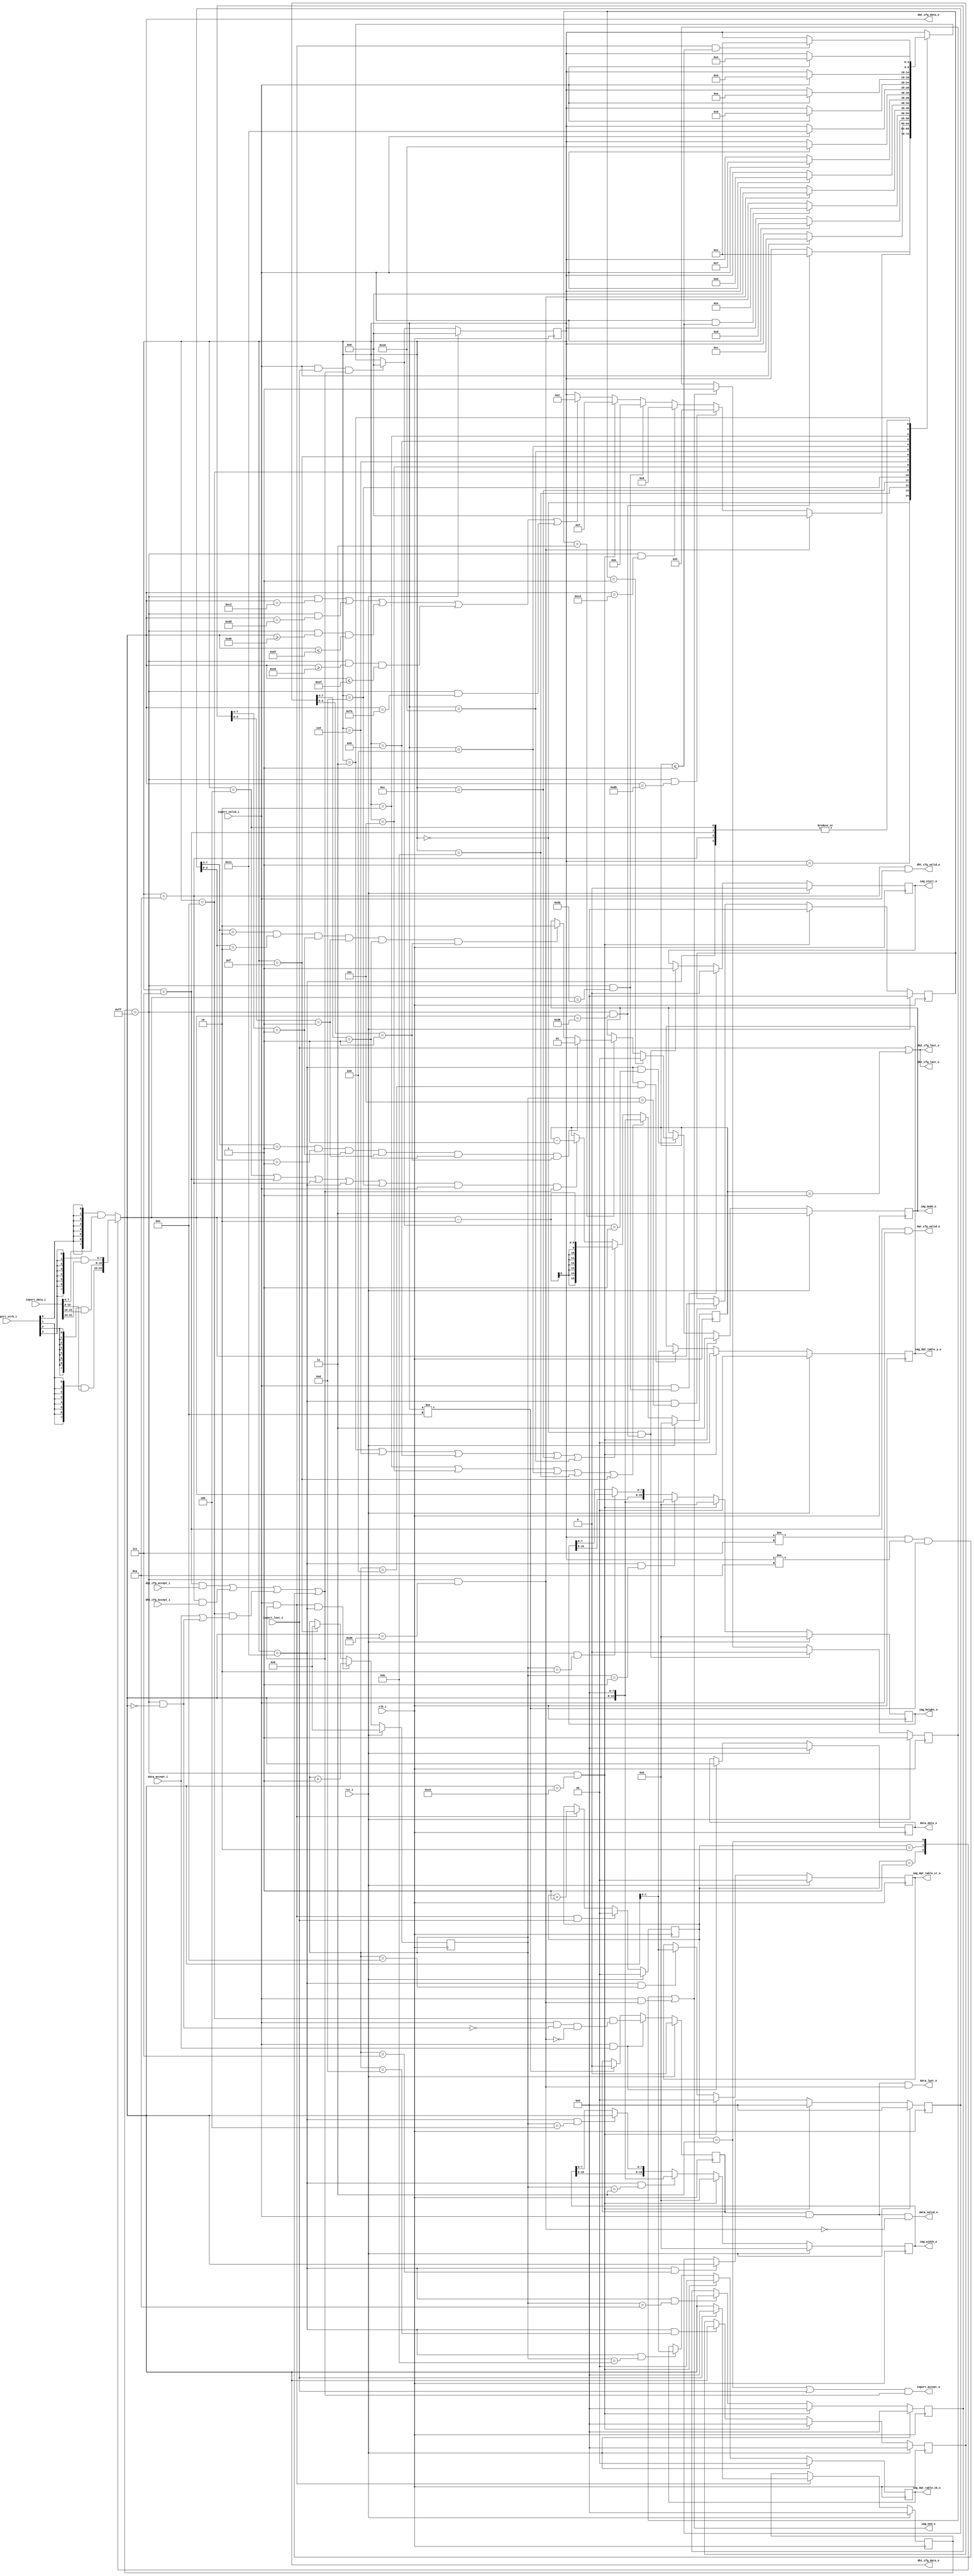
// This program was cloned from: https://github.com/ultraembedded/core_jpeg
// License: Apache License 2.0

//-----------------------------------------------------------------
//                      Baseline JPEG Decoder
//                             V0.1
//                       Ultra-Embedded.com
//                        Copyright 2020
//
//                   admin@ultra-embedded.com
//-----------------------------------------------------------------
//                      License: Apache 2.0
// This IP can be freely used in commercial projects, however you may
// want access to unreleased materials such as verification environments,
// or test vectors, as well as changes to the IP for integration purposes.
// If this is the case, contact the above address.
// I am interested to hear how and where this IP is used, so please get
// in touch!
//-----------------------------------------------------------------
// Copyright 2020 Ultra-Embedded.com
// 
// Licensed under the Apache License, Version 2.0 (the "License");
// you may not use this file except in compliance with the License.
// You may obtain a copy of the License at
// 
//     http://www.apache.org/licenses/LICENSE-2.0
// 
// Unless required by applicable law or agreed to in writing, software
// distributed under the License is distributed on an "AS IS" BASIS,
// WITHOUT WARRANTIES OR CONDITIONS OF ANY KIND, either express or implied.
// See the License for the specific language governing permissions and
// limitations under the License.
//-----------------------------------------------------------------

module jpeg_input
(
    // Inputs
     input           clk_i
    ,input           rst_i
    ,input           inport_valid_i
    ,input  [ 31:0]  inport_data_i
    ,input  [  3:0]  inport_strb_i
    ,input           inport_last_i
    ,input           dqt_cfg_accept_i
    ,input           dht_cfg_accept_i
    ,input           data_accept_i

    // Outputs
    ,output          inport_accept_o
    ,output          img_start_o
    ,output          img_end_o
    ,output [ 15:0]  img_width_o
    ,output [ 15:0]  img_height_o
    ,output [  1:0]  img_mode_o
    ,output [  1:0]  img_dqt_table_y_o
    ,output [  1:0]  img_dqt_table_cb_o
    ,output [  1:0]  img_dqt_table_cr_o
    ,output          dqt_cfg_valid_o
    ,output [  7:0]  dqt_cfg_data_o
    ,output          dqt_cfg_last_o
    ,output          dht_cfg_valid_o
    ,output [  7:0]  dht_cfg_data_o
    ,output          dht_cfg_last_o
    ,output          data_valid_o
    ,output [  7:0]  data_data_o
    ,output          data_last_o
);



wire inport_accept_w;

//-----------------------------------------------------------------
// Input data read index
//-----------------------------------------------------------------
reg [1:0] byte_idx_q;

always @ (posedge clk_i )
if (rst_i)
    byte_idx_q <= 2'b0;
else if (inport_valid_i && inport_accept_w && inport_last_i)
    byte_idx_q <= 2'b0;
else if (inport_valid_i && inport_accept_w)
    byte_idx_q <= byte_idx_q + 2'd1;

//-----------------------------------------------------------------
// Data mux
//-----------------------------------------------------------------
reg [7:0] data_r;

always @ *
begin
    data_r = 8'b0;

    case (byte_idx_q)
    default: data_r = {8{inport_strb_i[0]}} & inport_data_i[7:0];
    2'd1:    data_r = {8{inport_strb_i[1]}} & inport_data_i[15:8];
    2'd2:    data_r = {8{inport_strb_i[2]}} & inport_data_i[23:16];
    2'd3:    data_r = {8{inport_strb_i[3]}} & inport_data_i[31:24];
    endcase
end

//-----------------------------------------------------------------
// Last data
//-----------------------------------------------------------------
reg [7:0] last_b_q;

always @ (posedge clk_i )
if (rst_i)
    last_b_q <= 8'b0;
else if (inport_valid_i && inport_accept_w)
    last_b_q <= inport_last_i ? 8'b0 : data_r;

//-----------------------------------------------------------------
// Token decoder
//-----------------------------------------------------------------
wire token_soi_w  = (last_b_q == 8'hFF && data_r == 8'hd8);
wire token_sof0_w = (last_b_q == 8'hFF && data_r == 8'hc0);
wire token_dqt_w  = (last_b_q == 8'hFF && data_r == 8'hdb);
wire token_dht_w  = (last_b_q == 8'hFF && data_r == 8'hc4);
wire token_eoi_w  = (last_b_q == 8'hFF && data_r == 8'hd9);
wire token_sos_w  = (last_b_q == 8'hFF && data_r == 8'hda);
wire token_pad_w  = (last_b_q == 8'hFF && data_r == 8'h00);

// Unsupported
wire token_sof2_w = (last_b_q == 8'hFF && data_r == 8'hc2);
wire token_dri_w  = (last_b_q == 8'hFF && data_r == 8'hdd);
wire token_rst_w  = (last_b_q == 8'hFF && data_r >= 8'hd0 && data_r <= 8'hd7);
wire token_app_w  = (last_b_q == 8'hFF && data_r >= 8'he0 && data_r <= 8'hef);
wire token_com_w  = (last_b_q == 8'hFF && data_r == 8'hfe);

//-----------------------------------------------------------------
// FSM
//-----------------------------------------------------------------
localparam STATE_W           = 5;
localparam STATE_IDLE        = 5'd0;
localparam STATE_ACTIVE      = 5'd1;
localparam STATE_UXP_LENH    = 5'd2;
localparam STATE_UXP_LENL    = 5'd3;
localparam STATE_UXP_DATA    = 5'd4;
localparam STATE_DQT_LENH    = 5'd5;
localparam STATE_DQT_LENL    = 5'd6;
localparam STATE_DQT_DATA    = 5'd7;
localparam STATE_DHT_LENH    = 5'd8;
localparam STATE_DHT_LENL    = 5'd9;
localparam STATE_DHT_DATA    = 5'd10;
localparam STATE_IMG_LENH    = 5'd11;
localparam STATE_IMG_LENL    = 5'd12;
localparam STATE_IMG_SOS     = 5'd13;
localparam STATE_IMG_DATA    = 5'd14;
localparam STATE_SOF_LENH    = 5'd15;
localparam STATE_SOF_LENL    = 5'd16;
localparam STATE_SOF_DATA    = 5'd17;

reg [STATE_W-1:0] state_q;
reg [15:0]        length_q;

reg [STATE_W-1:0] next_state_r;
always @ *
begin
    next_state_r = state_q;

    case (state_q)
    //-------------------------------------------------------------
    // IDLE - waiting for SOI
    //-------------------------------------------------------------
    STATE_IDLE :
    begin
        if (token_soi_w)
            next_state_r = STATE_ACTIVE;
    end
    //-------------------------------------------------------------
    // ACTIVE - waiting for various image markers
    //-------------------------------------------------------------
    STATE_ACTIVE :
    begin
        if (token_eoi_w)
            next_state_r = STATE_IDLE;
        else if (token_dqt_w)
            next_state_r = STATE_DQT_LENH;
        else if (token_dht_w)
            next_state_r = STATE_DHT_LENH;
        else if (token_sos_w)
            next_state_r = STATE_IMG_LENH;
        else if (token_sof0_w)
            next_state_r = STATE_SOF_LENH;
        // Unsupported
        else if (token_sof2_w ||
                 token_dri_w ||
                 token_rst_w ||
                 token_app_w ||
                 token_com_w)
            next_state_r = STATE_UXP_LENH;

    end
    //-------------------------------------------------------------
    // IMG
    //-------------------------------------------------------------
    STATE_IMG_LENH :
    begin
        if (inport_valid_i)
            next_state_r = STATE_IMG_LENL;
    end
    STATE_IMG_LENL :
    begin
        if (inport_valid_i)
            next_state_r = STATE_IMG_SOS;
    end
    STATE_IMG_SOS :
    begin
        if (inport_valid_i && length_q <= 16'd1)
            next_state_r = STATE_IMG_DATA;
    end
    STATE_IMG_DATA :
    begin
        if (token_eoi_w)
            next_state_r = STATE_IDLE;
    end
    //-------------------------------------------------------------
    // DQT
    //-------------------------------------------------------------
    STATE_DQT_LENH :
    begin
        if (inport_valid_i)
            next_state_r = STATE_DQT_LENL;
    end
    STATE_DQT_LENL :
    begin
        if (inport_valid_i)
            next_state_r = STATE_DQT_DATA;
    end
    STATE_DQT_DATA :
    begin
        if (inport_valid_i && inport_accept_w && length_q <= 16'd1)
            next_state_r = STATE_ACTIVE;
    end
    //-------------------------------------------------------------
    // SOF
    //-------------------------------------------------------------
    STATE_SOF_LENH :
    begin
        if (inport_valid_i)
            next_state_r = STATE_SOF_LENL;
    end
    STATE_SOF_LENL :
    begin
        if (inport_valid_i)
            next_state_r = STATE_SOF_DATA;
    end
    STATE_SOF_DATA :
    begin
        if (inport_valid_i && inport_accept_w && length_q <= 16'd1)
            next_state_r = STATE_ACTIVE;
    end
    //-------------------------------------------------------------
    // DHT
    //-------------------------------------------------------------
    STATE_DHT_LENH :
    begin
        if (inport_valid_i)
            next_state_r = STATE_DHT_LENL;
    end
    STATE_DHT_LENL :
    begin
        if (inport_valid_i)
            next_state_r = STATE_DHT_DATA;
    end
    STATE_DHT_DATA :
    begin
        if (inport_valid_i && inport_accept_w && length_q <= 16'd1)
            next_state_r = STATE_ACTIVE;
    end
    //-------------------------------------------------------------
    // Unsupported sections - skip
    //-------------------------------------------------------------
    STATE_UXP_LENH :
    begin
        if (inport_valid_i)
            next_state_r = STATE_UXP_LENL;
    end
    STATE_UXP_LENL :
    begin
        if (inport_valid_i)
            next_state_r = STATE_UXP_DATA;
    end
    STATE_UXP_DATA :
    begin
        if (inport_valid_i && inport_accept_w && length_q <= 16'd1)
            next_state_r = STATE_ACTIVE;
    end
    default:
        ;
    endcase

    // End of data stream
    if (inport_valid_i && inport_last_i && inport_accept_w)
        next_state_r = STATE_IDLE;
end

always @ (posedge clk_i )
if (rst_i)
    state_q <= STATE_IDLE;
else
    state_q <= next_state_r;

//-----------------------------------------------------------------
// Length
//-----------------------------------------------------------------
always @ (posedge clk_i )
if (rst_i)
    length_q <= 16'b0;
else if (state_q == STATE_UXP_LENH || state_q == STATE_DQT_LENH || 
         state_q == STATE_DHT_LENH || state_q == STATE_IMG_LENH ||
         state_q == STATE_SOF_LENH)
    length_q <= {data_r, 8'b0};
else if (state_q == STATE_UXP_LENL || state_q == STATE_DQT_LENL ||
         state_q == STATE_DHT_LENL || state_q == STATE_IMG_LENL ||
         state_q == STATE_SOF_LENL)
    length_q <= {8'b0, data_r} - 16'd2;
else if ((state_q == STATE_UXP_DATA || 
          state_q == STATE_DQT_DATA ||
          state_q == STATE_DHT_DATA ||
          state_q == STATE_SOF_DATA ||
          state_q == STATE_IMG_SOS) && inport_valid_i && inport_accept_w)
    length_q <= length_q - 16'd1;

//-----------------------------------------------------------------
// DQT
//-----------------------------------------------------------------
assign dqt_cfg_valid_o = (state_q == STATE_DQT_DATA) && inport_valid_i;
assign dqt_cfg_data_o  = data_r;
assign dqt_cfg_last_o  = inport_last_i || (length_q == 16'd1);

//-----------------------------------------------------------------
// DQT
//-----------------------------------------------------------------
assign dht_cfg_valid_o = (state_q == STATE_DHT_DATA) && inport_valid_i;
assign dht_cfg_data_o  = data_r;
assign dht_cfg_last_o  = inport_last_i || (length_q == 16'd1);

//-----------------------------------------------------------------
// Image data
//-----------------------------------------------------------------
reg       data_valid_q;
reg [7:0] data_data_q;
reg       data_last_q;

always @ (posedge clk_i )
if (rst_i)
    data_valid_q <= 1'b0;
else if (inport_valid_i && data_accept_i)
    data_valid_q <= (state_q == STATE_IMG_DATA) && (inport_valid_i && ~token_pad_w && ~token_eoi_w);
else if (state_q != STATE_IMG_DATA)
    data_valid_q <= 1'b0;

always @ (posedge clk_i )
if (rst_i)
    data_data_q <= 8'b0;
else if (inport_valid_i && data_accept_i)
    data_data_q <= data_r;

assign data_valid_o = data_valid_q && inport_valid_i && !token_eoi_w;
assign data_data_o  = data_data_q;

// NOTE: Last is delayed by one cycles (not qualified by data_valid_o)
assign data_last_o  = data_valid_q && inport_valid_i && token_eoi_w;

//-----------------------------------------------------------------
// Handshaking
//-----------------------------------------------------------------
wire last_byte_w = (byte_idx_q == 2'd3) || inport_last_i;

assign inport_accept_w =  (state_q == STATE_DQT_DATA && dqt_cfg_accept_i) ||
                          (state_q == STATE_DHT_DATA && dht_cfg_accept_i) ||
                          (state_q == STATE_IMG_DATA && (data_accept_i || token_pad_w)) ||
                          (state_q != STATE_DQT_DATA && 
                           state_q != STATE_DHT_DATA && 
                           state_q != STATE_IMG_DATA);

assign inport_accept_o = last_byte_w && inport_accept_w;

//-----------------------------------------------------------------
// Capture Index
//-----------------------------------------------------------------
reg [5:0] idx_q;

always @ (posedge clk_i )
if (rst_i)
    idx_q <= 6'b0;
else if (inport_valid_i && inport_accept_w && state_q == STATE_SOF_DATA)
    idx_q <= idx_q + 6'd1;
else if (state_q == STATE_SOF_LENH)
    idx_q <= 6'b0;

//-----------------------------------------------------------------
// SOF capture
//-----------------------------------------------------------------
reg [7:0] img_precision_q;

always @ (posedge clk_i )
if (rst_i)
    img_precision_q <= 8'b0;
else if (token_sof0_w)
    img_precision_q <= 8'b0;
else if (state_q == STATE_SOF_DATA && idx_q == 6'd0)
    img_precision_q <= data_r;

reg [15:0] img_height_q;

always @ (posedge clk_i )
if (rst_i)
    img_height_q <= 16'b0;
else if (token_sof0_w)
    img_height_q <= 16'b0;
else if (state_q == STATE_SOF_DATA && idx_q == 6'd1)
    img_height_q <= {data_r, 8'b0};
else if (state_q == STATE_SOF_DATA && idx_q == 6'd2)
    img_height_q <= {img_height_q[15:8], data_r};

assign img_height_o = img_height_q;

reg [15:0] img_width_q;

always @ (posedge clk_i )
if (rst_i)
    img_width_q <= 16'b0;
else if (token_sof0_w)
    img_width_q <= 16'b0;
else if (state_q == STATE_SOF_DATA && idx_q == 6'd3)
    img_width_q <= {data_r, 8'b0};
else if (state_q == STATE_SOF_DATA && idx_q == 6'd4)
    img_width_q <= {img_width_q[15:8], data_r};

assign img_width_o  = img_width_q;

reg [7:0] img_num_comp_q;

always @ (posedge clk_i )
if (rst_i)
    img_num_comp_q <= 8'b0;
else if (token_sof0_w)
    img_num_comp_q <= 8'b0;
else if (state_q == STATE_SOF_DATA && idx_q == 6'd5)
    img_num_comp_q <= data_r;

reg [7:0] img_y_factor_q;

always @ (posedge clk_i )
if (rst_i)
    img_y_factor_q <= 8'b0;
else if (token_sof0_w)
    img_y_factor_q <= 8'b0;
else if (state_q == STATE_SOF_DATA && idx_q == 6'd7)
    img_y_factor_q <= data_r;

reg [1:0] img_y_dqt_table_q;

always @ (posedge clk_i )
if (rst_i)
    img_y_dqt_table_q <= 2'b0;
else if (token_sof0_w)
    img_y_dqt_table_q <= 2'b0;
else if (state_q == STATE_SOF_DATA && idx_q == 6'd8)
    img_y_dqt_table_q <= data_r[1:0];

reg [7:0] img_cb_factor_q;

always @ (posedge clk_i )
if (rst_i)
    img_cb_factor_q <= 8'b0;
else if (token_sof0_w)
    img_cb_factor_q <= 8'b0;
else if (state_q == STATE_SOF_DATA && idx_q == 6'd10)
    img_cb_factor_q <= data_r;

reg [1:0] img_cb_dqt_table_q;

always @ (posedge clk_i )
if (rst_i)
    img_cb_dqt_table_q <= 2'b0;
else if (token_sof0_w)
    img_cb_dqt_table_q <= 2'b0;
else if (state_q == STATE_SOF_DATA && idx_q == 6'd11)
    img_cb_dqt_table_q <= data_r[1:0];

reg [7:0] img_cr_factor_q;

always @ (posedge clk_i )
if (rst_i)
    img_cr_factor_q <= 8'b0;
else if (token_sof0_w)
    img_cr_factor_q <= 8'b0;
else if (state_q == STATE_SOF_DATA && idx_q == 6'd13)
    img_cr_factor_q <= data_r;

reg [1:0] img_cr_dqt_table_q;

always @ (posedge clk_i )
if (rst_i)
    img_cr_dqt_table_q <= 2'b0;
else if (token_sof0_w)
    img_cr_dqt_table_q <= 2'b0;
else if (state_q == STATE_SOF_DATA && idx_q == 6'd14)
    img_cr_dqt_table_q <= data_r[1:0];

assign img_dqt_table_y_o  = img_y_dqt_table_q;
assign img_dqt_table_cb_o = img_cb_dqt_table_q;
assign img_dqt_table_cr_o = img_cr_dqt_table_q;

wire [3:0] y_horiz_factor_w  = img_y_factor_q[7:4];
wire [3:0] y_vert_factor_w   = img_y_factor_q[3:0];
wire [3:0] cb_horiz_factor_w = img_cb_factor_q[7:4];
wire [3:0] cb_vert_factor_w  = img_cb_factor_q[3:0];
wire [3:0] cr_horiz_factor_w = img_cr_factor_q[7:4];
wire [3:0] cr_vert_factor_w  = img_cr_factor_q[3:0];

localparam JPEG_MONOCHROME  = 2'd0;
localparam JPEG_YCBCR_444   = 2'd1;
localparam JPEG_YCBCR_420   = 2'd2;
localparam JPEG_UNSUPPORTED = 2'd3;

reg [1:0] img_mode_q;

always @ (posedge clk_i )
if (rst_i)
    img_mode_q <= JPEG_UNSUPPORTED;
else if (token_sof0_w)
    img_mode_q <= JPEG_UNSUPPORTED;
else if (state_q == STATE_SOF_DATA && next_state_r == STATE_ACTIVE)
begin
    // Single component (Y)
    if (img_num_comp_q == 8'd1)
        img_mode_q <= JPEG_MONOCHROME;
    // Colour image (YCbCr)
    else if (img_num_comp_q == 8'd3)
    begin
        if (y_horiz_factor_w  == 4'd1 && y_vert_factor_w  == 4'd1 &&
            cb_horiz_factor_w == 4'd1 && cb_vert_factor_w == 4'd1 &&
            cr_horiz_factor_w == 4'd1 && cr_vert_factor_w == 4'd1)
            img_mode_q <= JPEG_YCBCR_444;
        else if (y_horiz_factor_w  == 4'd2 && y_vert_factor_w  == 4'd2 &&
                 cb_horiz_factor_w == 4'd1 && cb_vert_factor_w == 4'd1 &&
                 cr_horiz_factor_w == 4'd1 && cr_vert_factor_w == 4'd1)
            img_mode_q <= JPEG_YCBCR_420;
    end
end

reg eof_q;

always @ (posedge clk_i )
if (rst_i)
    eof_q <= 1'b1;
else if (state_q == STATE_IDLE && token_soi_w)
    eof_q <= 1'b0;
else if (img_end_o)
    eof_q <= 1'b1;

reg start_q;

always @ (posedge clk_i )
if (rst_i)
    start_q <= 1'b0;
else if (inport_valid_i & token_sos_w)
    start_q <= 1'b0;
else if (state_q == STATE_IDLE && token_soi_w)
    start_q <= 1'b1;    

assign img_start_o = start_q;
assign img_end_o   = eof_q | (inport_valid_i & token_eoi_w);
assign img_mode_o  = img_mode_q;


endmodule